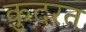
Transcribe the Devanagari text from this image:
क़़ुदरत